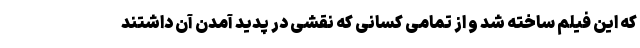
که این فیلم ساخته شد و از تمامی کسانی که نقشی در پدید آمدن آن داشتند